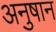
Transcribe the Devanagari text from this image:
अनुषान